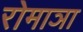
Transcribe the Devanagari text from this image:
रोमाञा